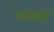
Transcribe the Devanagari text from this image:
बसनीं